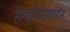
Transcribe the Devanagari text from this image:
हायड्रोसाइक्लॉन